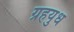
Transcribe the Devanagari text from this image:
ग्रहयुध